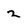
Character: 2